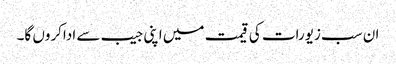
ان سب زیورات کی قیمت میں اپنی جیب سے اداکروں گا۔